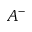
A ^ { - }